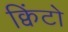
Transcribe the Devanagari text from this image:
क्विंटो